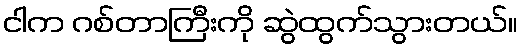
ငါက ဂစ်တာကြီးကို ဆွဲထွက်သွားတယ်။